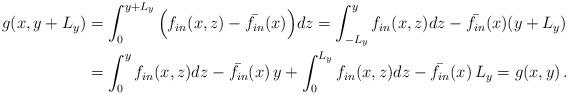
LaTeX: \begin{align*}g(x,y+L_y) &= \int_0^{y+L_y} \Big(f_{in}(x,z) - \bar{f_{in}}(x) \Big)dz = \int_{-L_y}^y f_{in}(x,z)dz - \bar{f_{in}}(x)(y+L_y) \\&= \int_0^y f_{in}(x,z)dz - \bar{f_{in}}(x)\, y + \int_{0}^{L_y}f_{in}(x,z)dz - \bar{f_{in}}(x)\, L_y = g(x,y)\,.\end{align*}